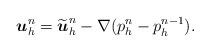
LaTeX: \begin{align*} \boldsymbol{u}_h^n=\widetilde{\boldsymbol{u}}_h^n-\nabla (p_h^{n}-p_h^{n-1}). \end{align*}